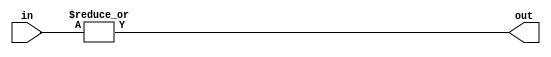
module eight_input_OR_gate (
    input [7:0] in,
    output out
);

assign out = |in;

endmodule